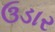
ઉડાર